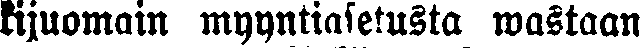
kijuomain myyntiasetusta wastaan